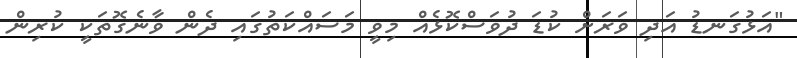
"އަޅުގަނޑު އަދި ވަރަށް ކުޑަ ދުވަސްކޮޅެއް މިވީ މަސައްކަތުގައި ދެން ވާނެގޮތަކީ ކުރިން